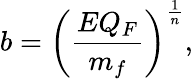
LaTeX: b=\left({\frac{EQ_{F}}{m_{f}}}\right)^{\frac{1}{n}},